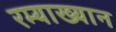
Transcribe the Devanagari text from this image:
रम्याख्यान